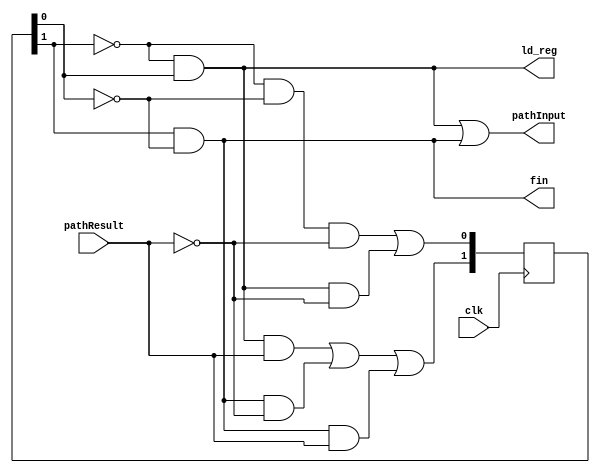
module LowtoHigh_control(pathInput, ld_reg, fin, pathResult, clk);
input pathResult, clk;
output pathInput, ld_reg, fin;

reg [1:0] R;
wire [1:0] N;

wire w000, w001, w010, w011, w100, w101, ws1, ws2;

and (w000, ~R[1], ~R[0], ~pathResult);
and (w001, ~R[1], ~R[0], pathResult);
and (w010, ~R[1], R[0], ~pathResult);
and (w011, ~R[1], R[0], pathResult);
and (w100, R[1], ~R[0], ~pathResult);
and (w101, R[1], ~R[0], pathResult);


or (N[1], w011, w100, w101);
or (N[0], w000, w010);

and (ws1, ~R[1], R[0]);
and (ws2, R[1], ~R[0]);

or (pathInput, ws1, ws2);

and (ld_reg, ~R[1], R[0]);
and (fin, R[1], ~R[0]);




initial begin
R = 1'b0;
end

always @ (posedge clk)
	begin
	if(pathResult == 1 || pathResult == 0) begin
		R <= N;
	end
end

endmodule